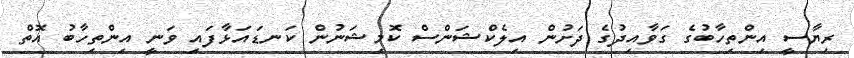
ރިޔާސީ އިންތިހާބުގެ ގަވާއިދުގެ ދަށުން އިލެކްޝަންސް ކޮމިޝަނުން ކަނޑައަޅާފައި ވަނީ އިންތިހާބު އޮތް